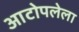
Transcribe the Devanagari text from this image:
आटोपलेला